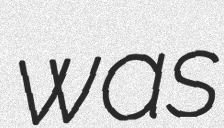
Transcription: was